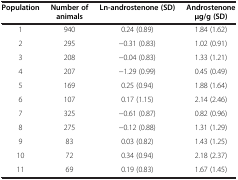
<table><thead><tr><td><b>Population</b></td><td><b>Number of animals</b></td><td><b>Ln-androstenone (SD)</b></td><td><b>Androstenone μg/g (SD)</b></td></tr></thead><tbody><tr><td>1</td><td>940</td><td>0.24 (0.89)</td><td>1.84 (1.62)</td></tr><tr><td>2</td><td>295</td><td>−0.31 (0.83)</td><td>1.02 (0.91)</td></tr><tr><td>3</td><td>208</td><td>−0.04 (0.83)</td><td>1.33 (1.21)</td></tr><tr><td>4</td><td>207</td><td>−1.29 (0.99)</td><td>0.45 (0.49)</td></tr><tr><td>5</td><td>169</td><td>0.25 (0.94)</td><td>1.88 (1.64)</td></tr><tr><td>6</td><td>107</td><td>0.17 (1.15)</td><td>2.14 (2.46)</td></tr><tr><td>7</td><td>325</td><td>−0.61 (0.87)</td><td>0.82 (0.96)</td></tr><tr><td>8</td><td>275</td><td>−0.12 (0.88)</td><td>1.31 (1.29)</td></tr><tr><td>9</td><td>83</td><td>0.03 (0.82)</td><td>1.43 (1.25)</td></tr><tr><td>10</td><td>72</td><td>0.34 (0.94)</td><td>2.18 (2.37)</td></tr><tr><td>11</td><td>69</td><td>0.19 (0.83)</td><td>1.67 (1.45)</td></tr></tbody></table>